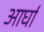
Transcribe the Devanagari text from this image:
आर्घा